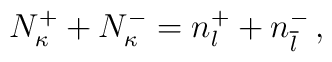
N_\kappa^++N_\kappa^-=n_l^++n_{\overline l}^-\,,